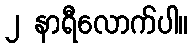
၂ နာရီလောက်ပါ။